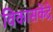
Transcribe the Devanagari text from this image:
विकासकेंद्रे